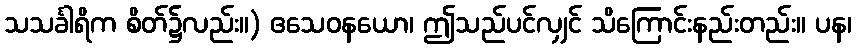
သသင်္ခါရိက စိတ်၌လည်း။) ဧသေဝနယော၊ ဤသည်ပင်လျှင် သိကြောင်းနည်းတည်း။ ပန၊